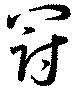
罰